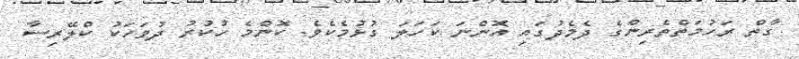
ގާތް ރަހުމަތްތެރިންގެ ދެމެދުގައި އޮންނަ ކަހަލަ ގުޅުމެކެވެ. ކޮންމެ ހުކުރު ދުވަހަކު ކްލޭރިސާ